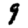
Digit: 9